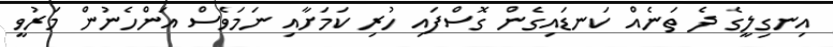
އިނގިލީގެ ދެ ތަނެއް ކަނޑައިގެން ގޮސްފައި ހުރި ކަމަށާއި ނަމަވެސް އަންހެނުން މަރުވީ